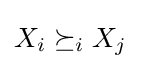
X_{i}\succeq _{i}X_{j}